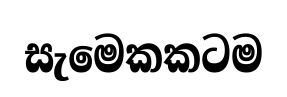
සැමෙකකටම